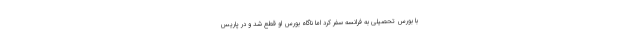
با بورس تحصیلی به فرانسه سفر کرد اما ناگاه بورس او قطع شد و در پاریس